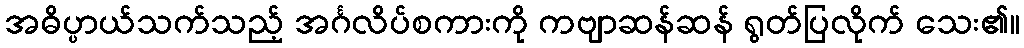
အဓိပ္ပာယ်သက်သည့် အင်္ဂလိပ်စကားကို ကဗျာဆန်ဆန် ရွတ်ပြလိုက် သေး၏။